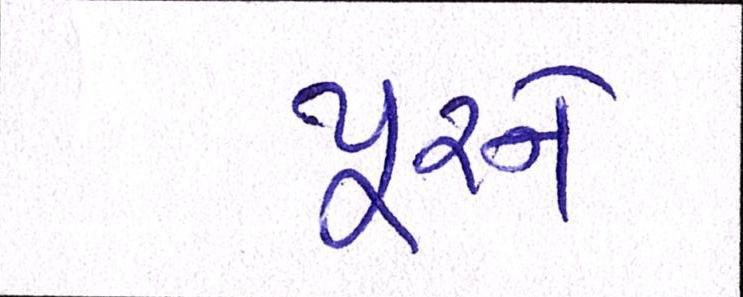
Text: પૂરને